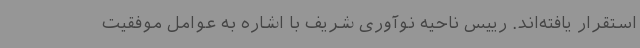
استقرار یافته‌اند. رییس ناحیه نوآوری شریف با اشاره به عوامل موفقیت